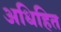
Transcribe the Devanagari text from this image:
अधिहित